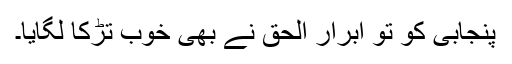
پنجابی کو تو ابرار الحق نے بھی خوب تڑکا لگایا۔